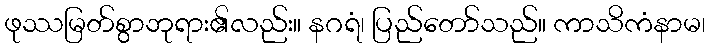
ဖုဿမြတ်စွာဘုရား၏လည်း။ နဂရံ၊ ပြည်တော်သည်။ ကာသိကံနာမ၊